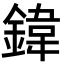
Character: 鍏